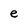
Character: e